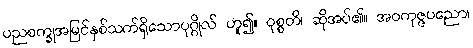
ပညစက္ခုအမြင်နှစ်သက်ရှိသောပုဂ္ဂိုလ် ဟူ၍။ ဝုစ္စတိ၊ ဆိုအပ်၏။ အဝကုဇ္ဇပညော၊